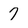
Character: 7